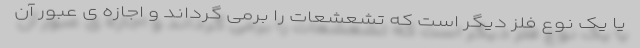
یا یک نوع فلز دیگر است که تشعشعات را برمی گرداند و اجازه ی عبور آن